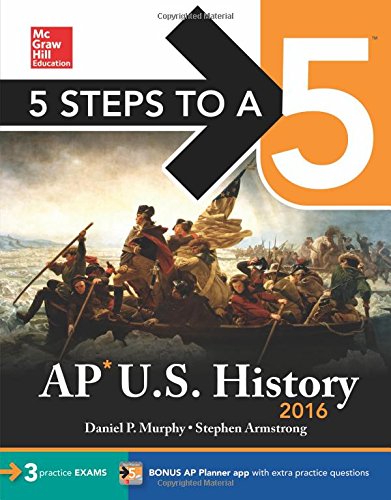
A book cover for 5 Steps to a 5 AP US History 2016 (5 Steps to a 5 on the Advanced Placement Examinations Series); Daniel Murphy; Test Preparation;